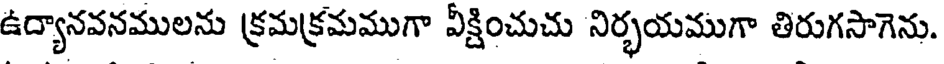
ఉద్యానవనములను క్రమక్రమముగా వీక్షించుచు నిర్భయముగా తిరుగసాగెను.